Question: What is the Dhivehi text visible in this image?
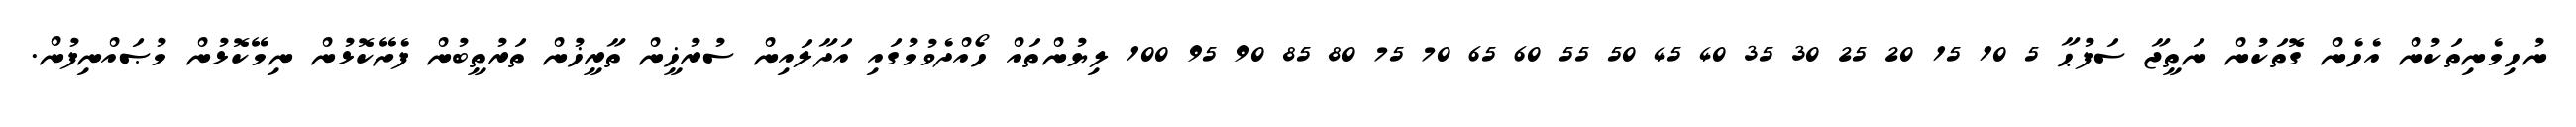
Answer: ނުހިމެނިތަކުން އެހެން ގޮތަކުން ނަތީޖާ ސަފުޙާ 5 10 15 20 25 30 35 40 45 50 55 60 65 70 75 80 85 90 95 100 ލިޔުންތައް ހޯއްދެވުމުގައި އަދާލައިން ސުރުޚީން ތާރީޚުން ތަރުތީބުން ފެށޭކޮޅުން ނިމޭކޮޅުން މުޞައްނިފުން.